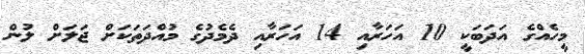
މީހެއްގެ އަދަބަކީ 10 އަހަރާއި 14 އަހަރާއި ދެމެދުގެ މުއްދަތަކަށް ޖަލަށް ލުން